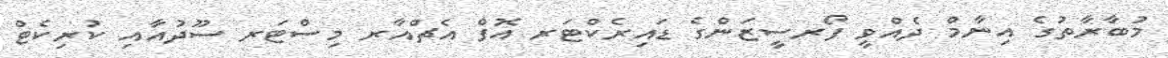
މުބާރާތުގެ އިނާމް ދެއްވީ ފޯރސީޒަންގެ ޑައިރެކްޓަރ އޮފް އެޗްއާރ މިސްޓަރ ސޫދުއާއި ކުރިކެޓް